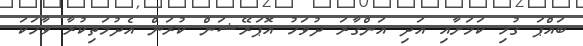
ބައްޕަ ގުޅި ކަމަށާއި އަދި އަންގާރަ ދުވަހު އޮޕަރޭޝަން ކުރަން އެދުމަތިކުރާ ވާހަކަ